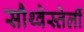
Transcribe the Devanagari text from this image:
सौथ्वेस्तेर्ली